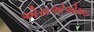
એસએએમઇ